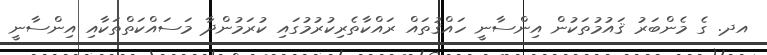
އދ. ގެ މެންބަރު ޤައުމުތަކުން އިންސާނީ ހައްޤުތައް ރައްކާތެރިކުރުމުގައި ކުރަމުންދާ މަސައްކަތްތަކާއި އިންސާނީ